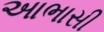
આભાસી